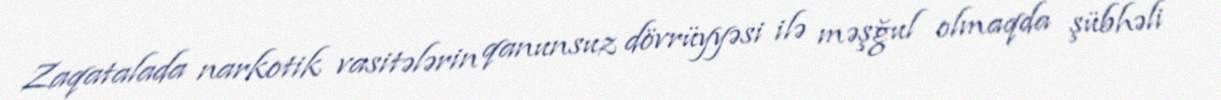
Zaqatalada narkotik vasitələrin qanunsuz dövrüyyəsi ilə məşğul olmaqda şübhəli